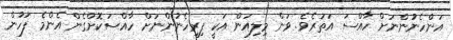
އަންހެނުންނަށް ހާއްސަ އަތަރެވެ. ވަން މިލިއަން އަކީ ފިރިހެނުންނަށް ހާއްސަކޮށްގެން އެންމެ ފަހުން